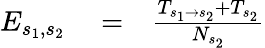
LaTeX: \begin{array}{rlr}{E_{s_{1},s_{2}}}&{{}=}&{\frac{T_{s_{1}\rightarrow s_{2}}+T_{s_{2}}}{N_{s_{2}}}}\end{array}